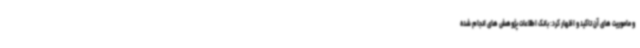
و ماموریت های آن تاکید و اظهار کرد: بانک اطلاعات پژوهش های انجام شده